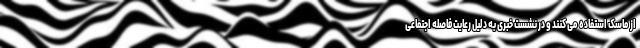
از ماسک استفاده می کنند و در نشست خبری به دلیل رعایت فاصله اجتماعی